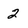
Character: 2